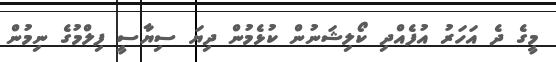
މީގެ ދެ އަހަރު އުފެއްދި ކޯލިޝަނުން ކުޅެމުން ދިޔަ ސިޔާސީ ފިލްމުގެ ނިމުން